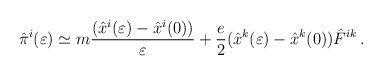
\begin{align*}{\hat \pi}^i(\varepsilon)\simeq m{({\hat x}^i(\varepsilon)-{\hat x}^i(0))\over \varepsilon}+{e\over 2}({\hat x}^k(\varepsilon)-{\hat x}^k(0)){\hat F}^{ik}\,.\end{align*}